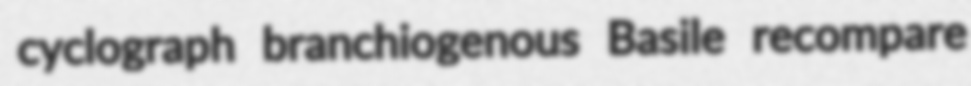
cyclograph branchiogenous Basile recompare